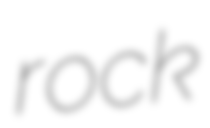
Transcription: rock